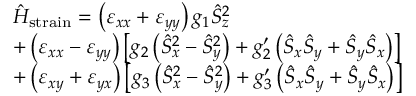
\begin{array} { r l } & { \hat { H } _ { \mathrm { s t r a i n } } = \left( \varepsilon _ { x x } + \varepsilon _ { y y } \right) g _ { 1 } \hat { S } _ { z } ^ { 2 } } \\ & { + \left( \varepsilon _ { x x } - \varepsilon _ { y y } \right) \left[ g _ { 2 } \left( \hat { S } _ { x } ^ { 2 } - \hat { S } _ { y } ^ { 2 } \right) + g _ { 2 } ^ { \prime } \left( \hat { S } _ { x } \hat { S } _ { y } + \hat { S } _ { y } \hat { S } _ { x } \right) \right] } \\ & { + \left( \varepsilon _ { x y } + \varepsilon _ { y x } \right) \left[ g _ { 3 } \left( \hat { S } _ { x } ^ { 2 } - \hat { S } _ { y } ^ { 2 } \right) + g _ { 3 } ^ { \prime } \left( \hat { S } _ { x } \hat { S } _ { y } + \hat { S } _ { y } \hat { S } _ { x } \right) \right] } \end{array}